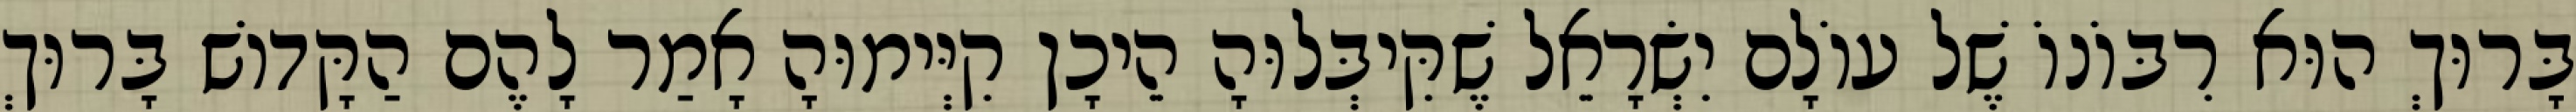
בָּרוּךְ הוּא רִבּוֹנוֹ שֶׁל עוֹלָם יִשְׂרָאֵל שֶׁקִּיבְּלוּהָ הֵיכָן קִיְּימוּהָ אָמַר לָהֶם הַקָּדוֹשׁ בָּרוּךְ